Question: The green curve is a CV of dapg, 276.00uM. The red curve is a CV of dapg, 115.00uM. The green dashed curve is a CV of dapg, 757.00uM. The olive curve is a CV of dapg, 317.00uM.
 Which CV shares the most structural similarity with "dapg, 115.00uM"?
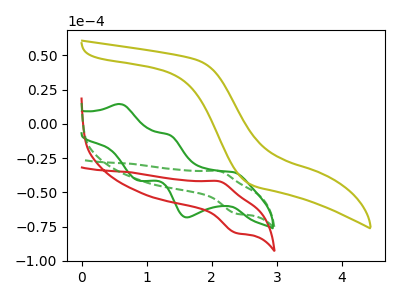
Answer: <think>The green curve "dapg, 276.00uM" has anodic peaks at (0.60V, 14.40uA) (1.35V, -8.05uA) and cathodic peaks at (2.35V, -35.25uA) (1.60V, -68.30uA) (0.90V, -41.50uA). The red curve "dapg, 115.00uM" has an anodic peak at (2.10V, -41.95uA) and a cathodic peak at (2.35V, -79.60uA). The green dashed curve "dapg, 757.00uM" has an anodic peak at (2.10V, -34.50uA) and a cathodic peak at (2.35V, -65.50uA). The olive curve "dapg, 317.00uM" has no peaks.
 "dapg, 276.00uM" and "dapg, 115.00uM" have a different number of peaks. "dapg, 276.00uM" and "dapg, 757.00uM" have a different number of peaks. "dapg, 276.00uM" and "dapg, 317.00uM" have a different number of peaks. All the peaks in "dapg, 115.00uM" have a peak in "dapg, 757.00uM" at the same potential. "dapg, 115.00uM" and "dapg, 317.00uM" have a different number of peaks. "dapg, 757.00uM" and "dapg, 317.00uM" have a different number of peaks.</think>
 <answer>The CV with the most similar shape to "dapg, 757.00uM" is "dapg, 115.00uM".</answer>
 <eval>"dapg, 115.00uM"</eval>